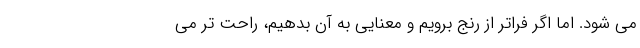
می شود. اما اگر فراتر از رنج برویم و معنایی به آن بدهیم، راحت تر می